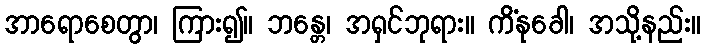
အာရောစေတွာ၊ ကြား၍။ ဘန္တေ၊ အရှင်ဘုရား။ ကိံနုခေါ၊ အသို့နည်း။